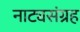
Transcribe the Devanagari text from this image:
नाट्यसंग्रह